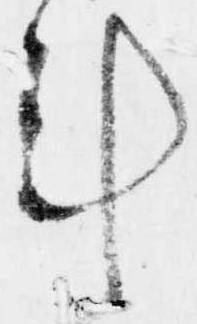
計